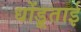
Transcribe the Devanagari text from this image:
धोंडूताई